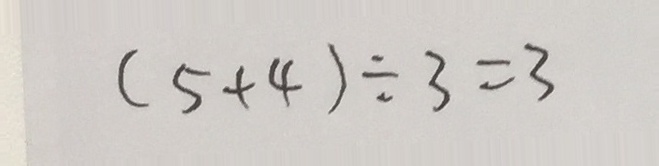
( 5 + 4 ) \div 3 = 3